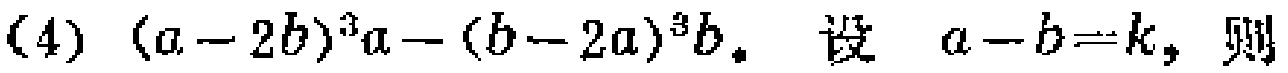
(4) \((a - 2b)^{3}a-(b - 2a)^{3}b\). 设 \(a - b = k\)，则